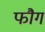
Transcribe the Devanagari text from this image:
फौग